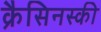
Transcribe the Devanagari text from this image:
क्रैसिनस्की